Plague in India, 1896, 1897 - Volume 2
Year: 1896
Disease focus: Plague
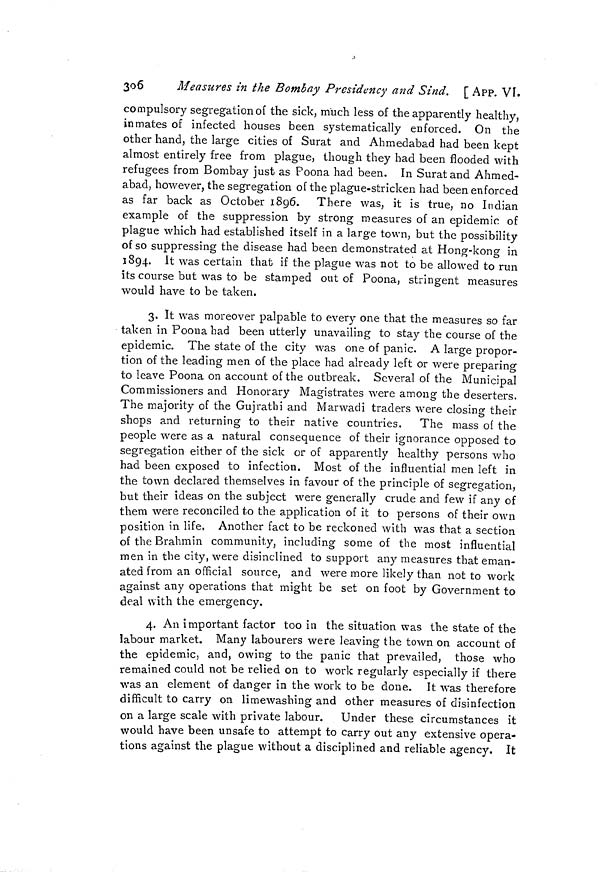
3°6
Measures in the Bombay Presidency and Sind. [ APP. VI.
compulsory segregation of the sick, much less of the apparently healthy,
inmates of infected houses been systematically enforced. On the
other hand, the large cities of Surat and Ahmedabad had been kept
almost entirely free from plague, though they had been flooded with
refugees from Bombay just as Poona had been. In Surat and Ahmed-
abad, however, the segregation of the plague-stricken had been enforced
as far back as October 1896. There was, it is true, no Indian
example of the suppression by strong measures of an epidemic of
plague which had established itself in a large town, but the possibility
of so suppressing the disease had been demonstrated at Hong-kong in
1894. It was certain that if the plague was not to be allowed to run
its course but was to be stamped out of Poona, stringent measures
would have to be taken.
3. It was moreover palpable to every one that the measures so far
taken in Poona had been utterly unavailing to stay the course of the
epidemic. The state of the city was one of panic. A large propor-
tion of the leading men of the place had already left or were preparing
to leave Poona on account of the outbreak. Several of the Municipal
Commissioners and Honorary Magistrates were among the deserters.
The majority of the Gujrathi and Marwadi traders were closing their
shops and returning to their native countries. The mass of the
people were as a natural consequence of their ignorance opposed to
segregation either of the sick or of apparently healthy persons who
had been exposed to infection. Most of the influential men left in
the town declared themselves in favour of the principle of segregation,
but their ideas on the subject were generally crude and few if any of
them were reconciled to the application of it to persons of their own
position in life. Another fact to be reckoned with was that a section
of the Brahmin community, including some of the most influential
men in the city, were disinclined to support any measures that eman-
ated from an official source, and were more likely than not to work
against any operations that might be set on foot by Government to
deal with the emergency.
4. An important factor too in the situation was the state of the
labour market. Many labourers were leaving the town on account of
the epidemic, and, owing to the panic that prevailed, those who
remained could not be relied on to work regularly especially if there
was an element of danger in the work to be done. It was therefore
difficult to carry on limewashing and other measures of disinfection
on a large scale with private labour. Under these circumstances it
would have been unsafe to attempt to carry out any extensive opera-
tions against the plague without a disciplined and reliable agency. It